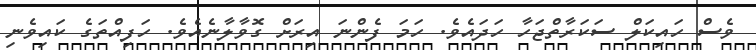
ވެސް ހައިކަލް ސަކަރާތްޖަހާ ހަދައެވެ. ހަމަ ފެންނަ އިރަށް ގޮވާލާނެއެވެ. ހަފިއްތަގެ ކައިވެނި